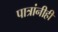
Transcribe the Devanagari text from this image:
पात्रांनीही